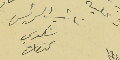
نائب الرئيس شكري كنعان